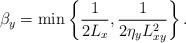
LaTeX: \begin{align*}\beta_y=\min\left\{ \frac{1}{2L_x}, \frac{1}{2\eta_y L_{xy}^2} \right\}.\end{align*}